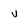
Character: v